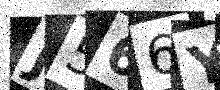
Text: J566YU